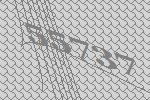
55737